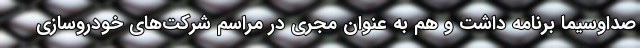
صداوسیما برنامه داشت و هم به‌ عنوان مجری در مراسم شرکت‌های خودروسازی